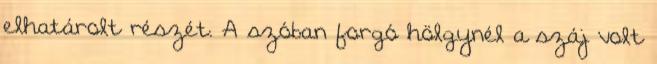
elhatárolt részét. A szóban forgó hölgynél a száj volt